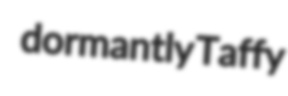
dormantly Taffy